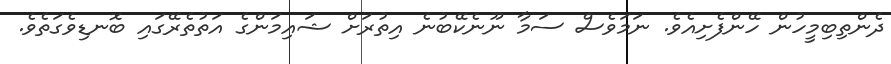
ދެންތިބިމީހުން ހޭންފެށިއެވެ. ނަމަވެސް ސަމާ ނޫނެކޭބުނެ އިތުރަށް ޝައިމަންގެ އަތުތެރޭގައި ބޮނޑިވެގަތެވެ.